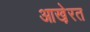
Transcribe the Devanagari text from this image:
आखे़रत